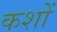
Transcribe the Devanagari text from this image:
कशों